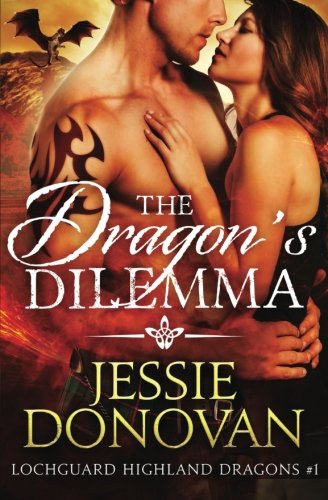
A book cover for The Dragon's Dilemma (Lochguard Highland Dragons) (Volume 1); Jessie Donovan; Romance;